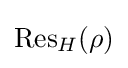
{\text{Res}}_{H}(\rho )